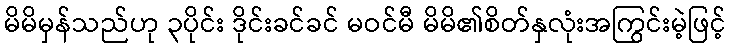
မိမိမှန်သည်ဟု ၃ပိုင်း ဒိုင်းခင်ခင် မဝင်မီ မိမိ၏စိတ်နှလုံးအကြွင်းမဲ့ဖြင့်